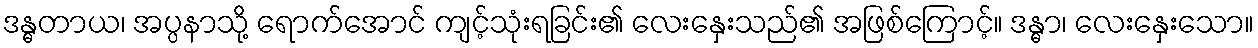
ဒန္ဓတာယ၊ အပ္ပနာသို့ ရောက်အောင် ကျင့်သုံးရခြင်း၏ လေးနှေးသည်၏ အဖြစ်ကြောင့်။ ဒန္ဓာ၊ လေးနှေးသော။